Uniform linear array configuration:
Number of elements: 4
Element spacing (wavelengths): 1
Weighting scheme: binomial
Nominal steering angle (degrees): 30
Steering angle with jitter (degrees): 30.591
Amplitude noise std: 0.05
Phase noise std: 0.05

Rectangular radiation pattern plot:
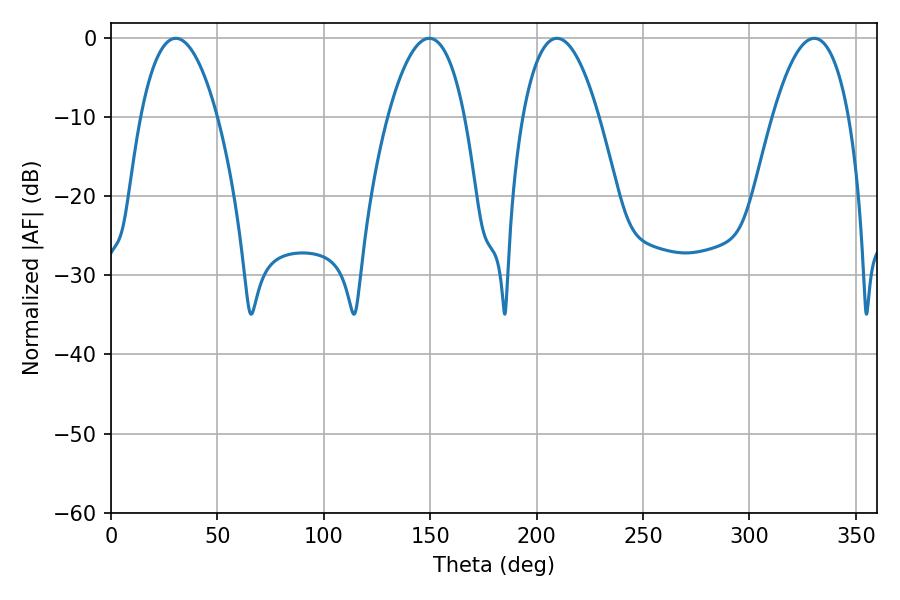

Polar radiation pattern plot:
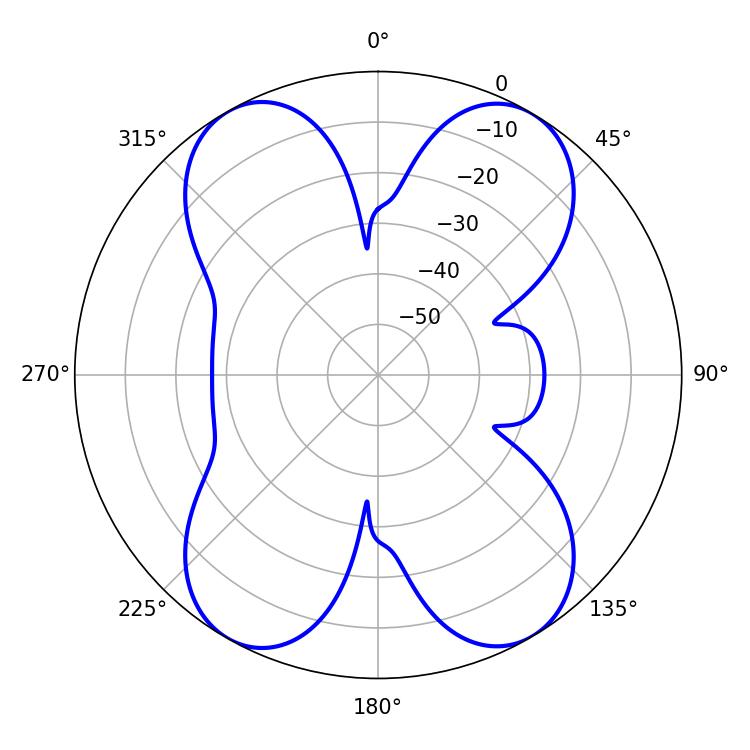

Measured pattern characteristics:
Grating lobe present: TRUE
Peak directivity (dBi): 23.984
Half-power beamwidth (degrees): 19.8
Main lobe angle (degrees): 209.52